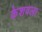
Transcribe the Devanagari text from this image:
केशवला